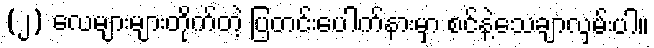
(၂) လေများများတိုက်တဲ့ ပြတင်းပေါက်နားမှာ စင်နဲ့သေချာလှမ်းပါ။